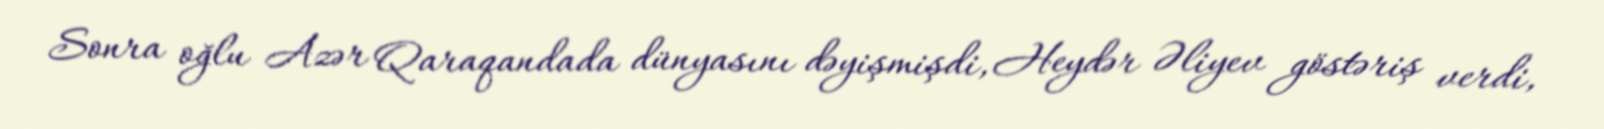
Sonra oğlu Azər Qaraqandada dünyasını dəyişmişdi, Heydər Əliyev göstəriş verdi,